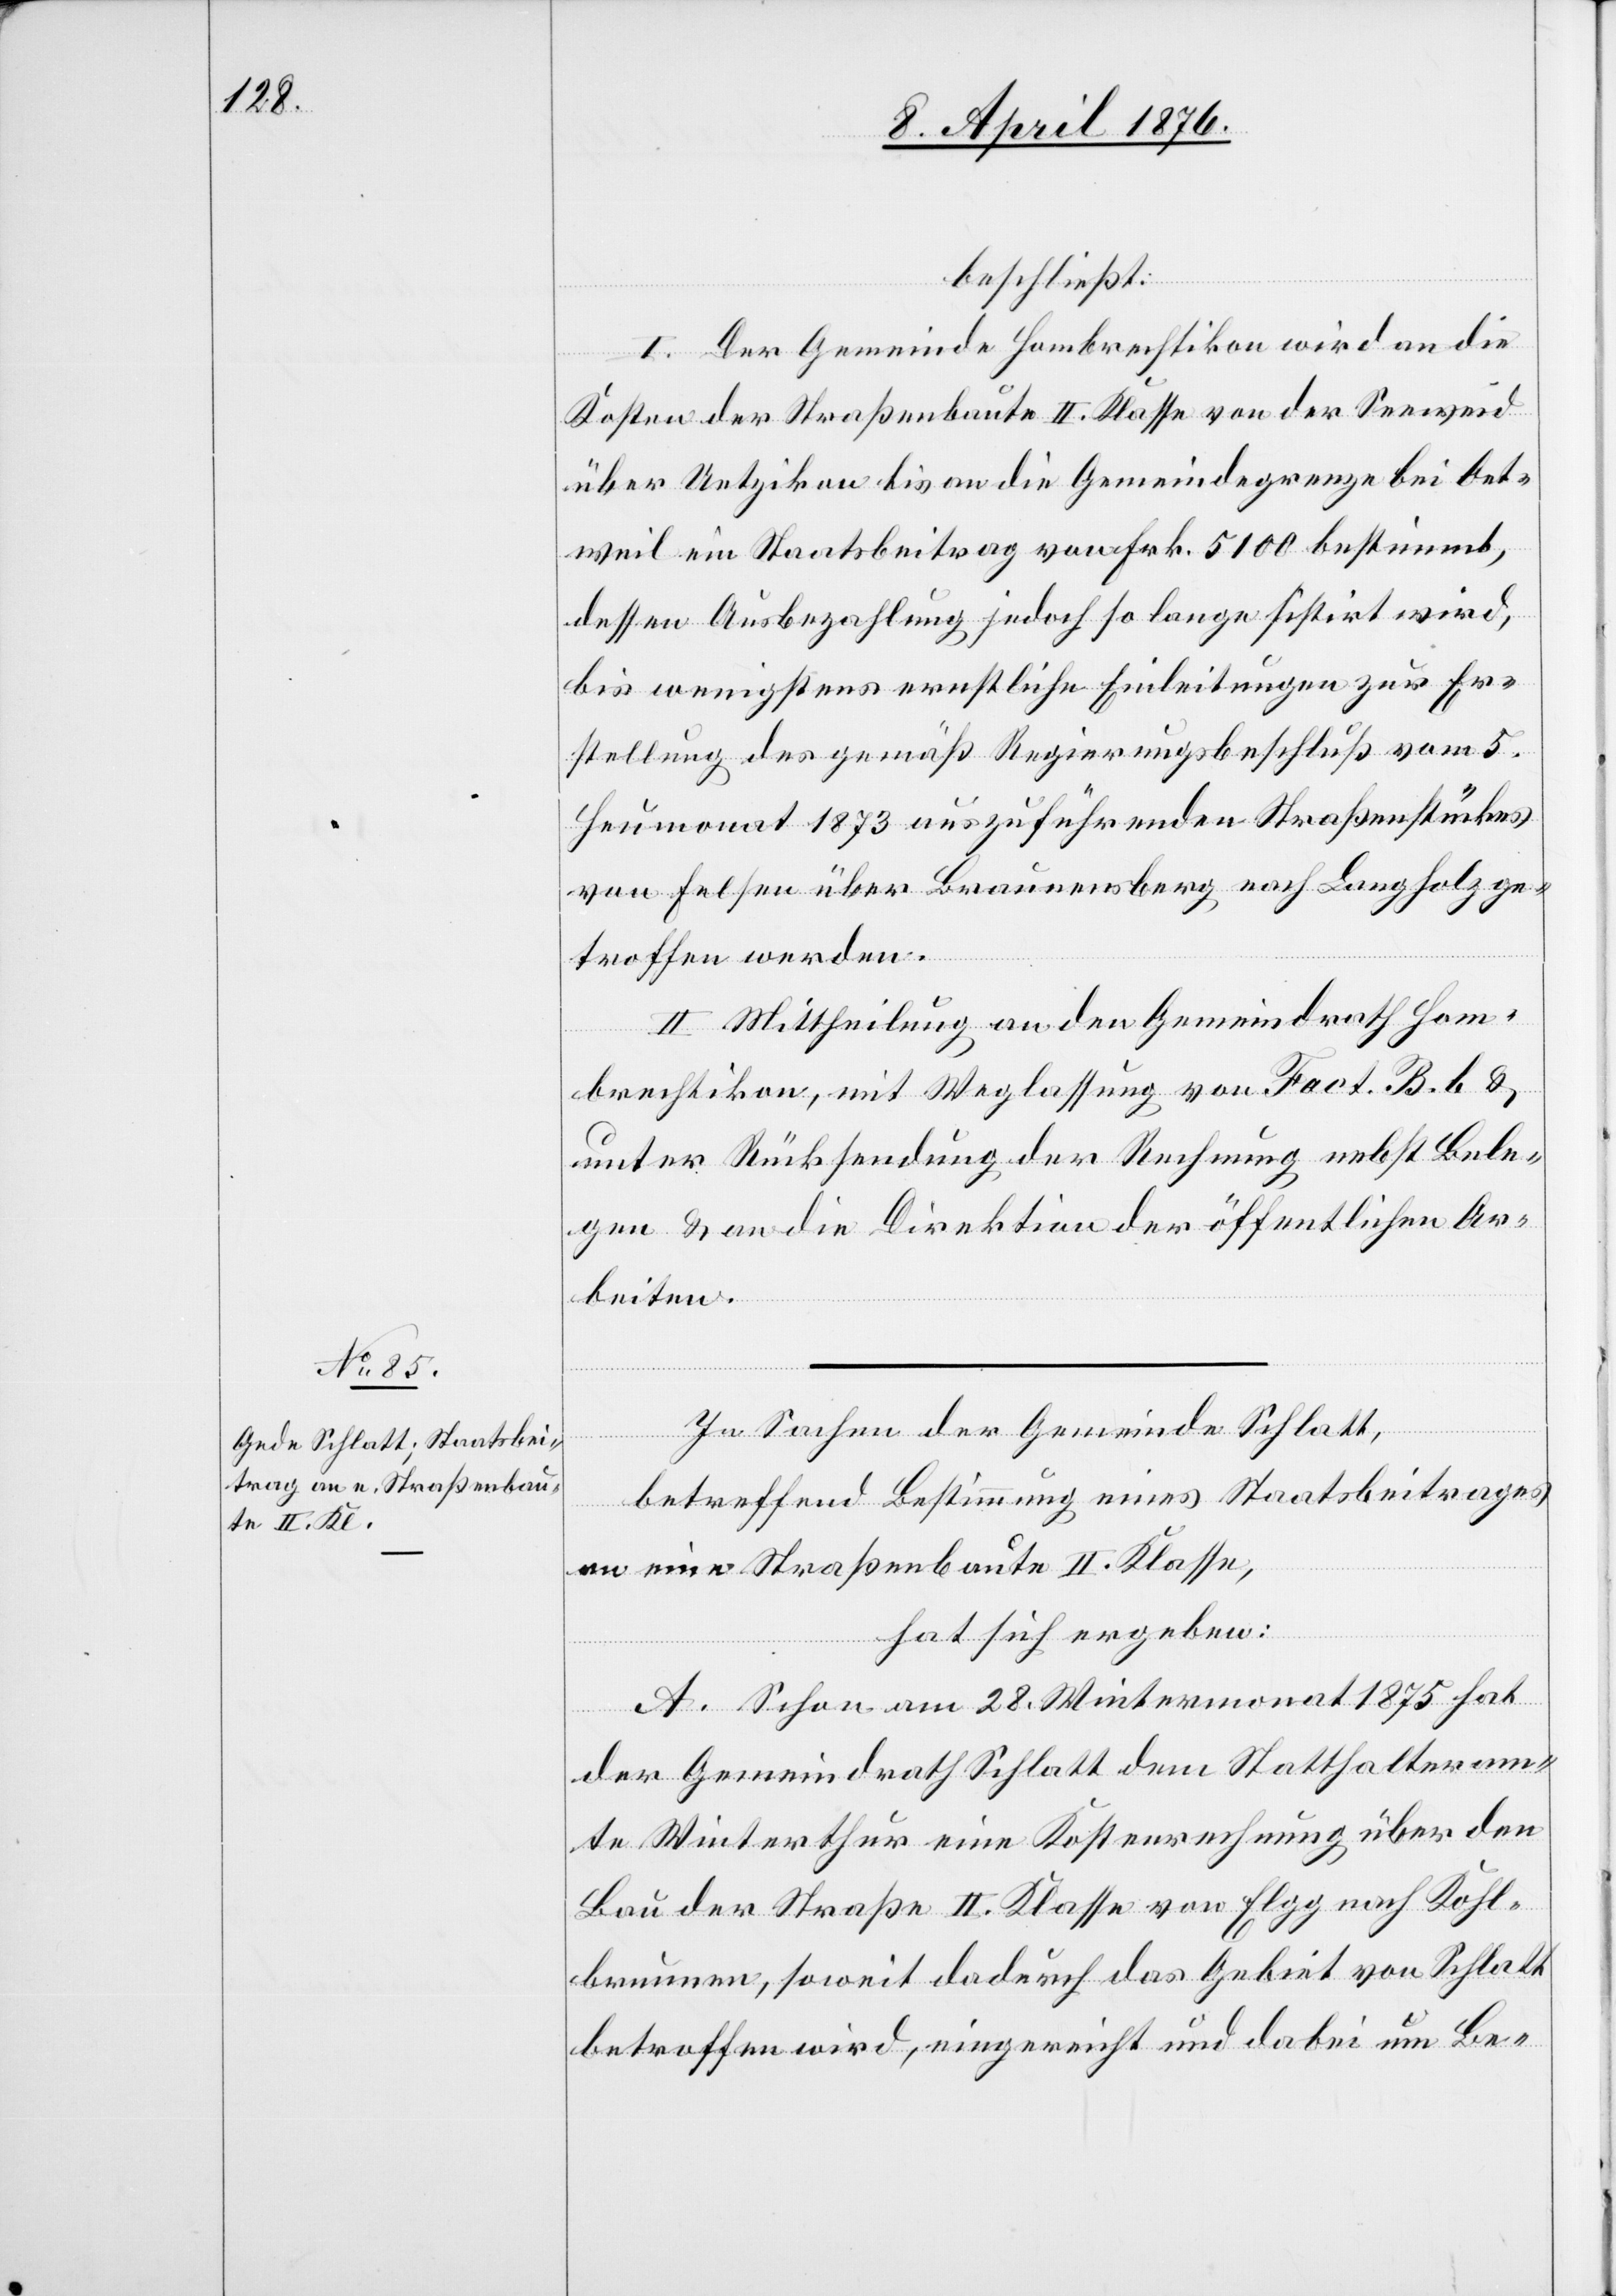
beschließt:
I. Der Gemeinde Hombrechtikon wird an die
Kosten der Straßenbaute II. Klasse von der Sennweid
über Uetzikon bis an die Gemeindegrenze bei Oet¬
weil ein Staatsbeitrag von Frk- 5100 bestimmt
dessen Ausbezahlung jedoch so lange sistirt wird,
bis wenigstens ernstliche Einleitungen zur Er¬
stellung des gemäß Regierungsbeschluß vom 5.
Heumonat 1873 auszuführenden Straßenstückes
von Felsen über Braunensberg nach Langholz ge¬
troffen werden.
II. Mittheilung an den Gemeindrath Hom¬
brechtikon, mit Weglassung von Fact. B. b &
unter Rücksendung der Rechnung nebst Bele¬
gen & an die Direktion der öffentlichen Ar¬
beiten.
In Sachen der Gemeinde Schlatt,
betreffend Bestimmung eines Staatsbeitrages
an eine Straßenbaute II. Klasse,
hat sich ergeben:
A. Schon am 28. Wintermonat 1875 hat
der Gemeindrath Schlatt dem Statthalteram¬
te Winterthur eine Kostenrechnung über den
Bau der Straße II. Klasse von Elgg nach Kohl¬
brunnen, soweit dadurch das Gebiet von Schlatt
betroffen wird, eingereicht und dabei um Be-